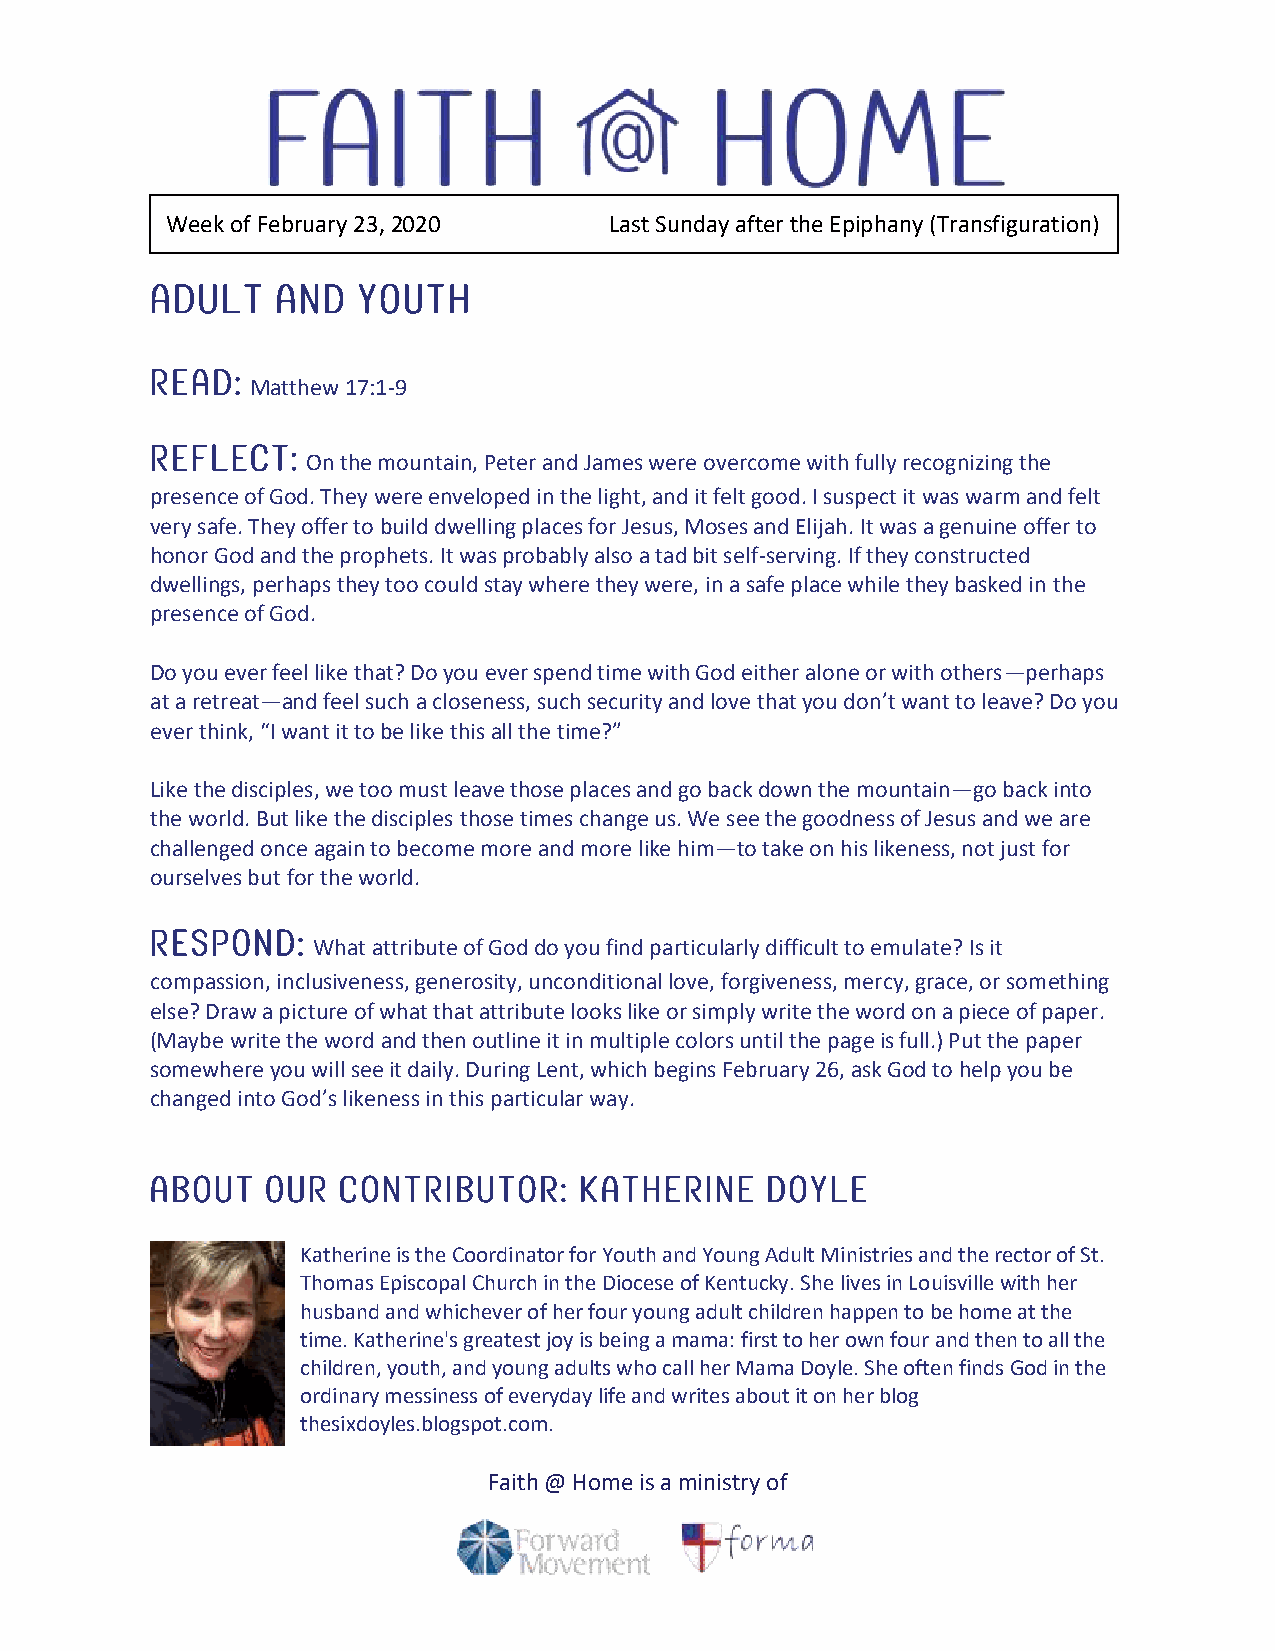
Week of February 23, 2020    Last Sunday after the Epiphany (Transfiguration)
 Adult   and   youth
 Read:
 Matthew 17:1-9
 Reflect:
 On the mountain, Peter and James were overcome with fully recognizing the
 presence of God. They were enveloped in the light, and it felt good. I suspect it was warm and felt
 very safe. They offer to build dwelling places for Jesus, Moses and Elijah. It was a genuine offer to
 honor God and the prophets. It was probably also a tad bit self-serving. If they constructed
 dwellings, perhaps they too could stay where they were, in a safe place while they basked in the
 presence of God.
 Do you ever feel like that? Do you ever spend time with God either alone or with others—perhaps
 at a retreat—and feel such a closeness, such security and love that you don’t want to leave? Do you
 ever think, “I want it to be like this all the time?”
 Like the disciples, we too must leave those places and go back down the mountain—go back into
 the world. But like the disciples those times change us. We see the goodness of Jesus and we are
 challenged once again to become more and more like him—to take on his likeness, not just for
 ourselves but for the world.
 Respond:
 What attribute of God do you find particularly difficult to emulate? Is it
 compassion, inclusiveness, generosity, unconditional love, forgiveness, mercy, grace, or something
 else? Draw a picture of what that attribute looks like or simply write the word on a piece of paper.
 (Maybe write the word and then outline it in multiple colors until the page is full.) Put the paper
 somewhere you will see it daily. During Lent, which begins February 26, ask God to help you be
 changed into God’s likeness in this particular way.
 About   our contributor:    Katherine    Doyle
 Katherine is the Coordinator for Youth and Young Adult Ministries and the rector of St.
 Thomas Episcopal Church in the Diocese of Kentucky. She lives in Louisville with her
 husband and whichever of her four young adult children happen to be home at the
 time. Katherine's greatest joy is being a mama: first to her own four and then to all the
 children, youth, and young adults who call her Mama Doyle. She often finds God in the
 ordinary messiness of everyday life and writes about it on her blog
 thesixdoyles.blogspot.com.
 Faith @ Home is a ministry of